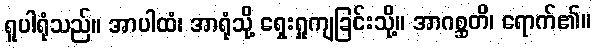
ရူပါရုံသည်။ အာပါထံ၊ အာရုံသို့ ရှေးရှုကျခြင်းသို့။ အာဂစ္ဆတိ၊ ရောက်၏။